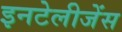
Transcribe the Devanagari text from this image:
इनटेलीजेंस